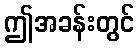
ဤအခန်းတွင်